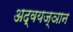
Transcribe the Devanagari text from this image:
अद्वयज्ञान